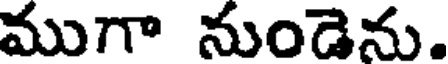
ముగా నుండెను.